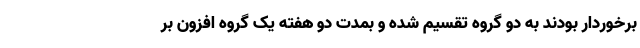
برخوردار بودند به دو گروه تقسیم شده و بمدت دو هفته یک گروه افزون بر